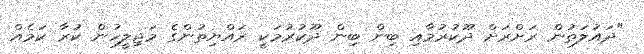
"ދައުލަތުން ރަށްރަށް ދޫކުރުމާއި ބިން ބިން ދޫކުރުމަކީ ރައްޔިތުންގެ މަޖިލީހުން ކުރާ ކަމެއް